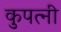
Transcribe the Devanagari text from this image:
कुपत्नी